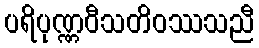
ပရိပုဏ္ဏဝီသတိဝဿသညီ